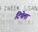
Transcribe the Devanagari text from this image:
टिपेला